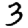
Digit: 3